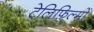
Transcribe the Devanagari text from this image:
टेलिफ़िल्मों